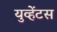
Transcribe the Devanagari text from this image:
युव्हेंटस